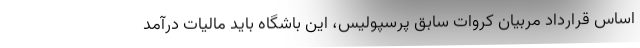
اساس قرارداد مربیان کروات سابق پرسپولیس، این باشگاه باید مالیات درآمد